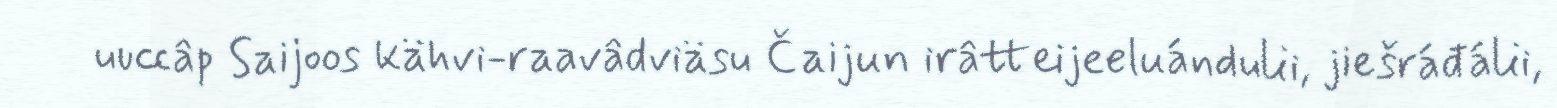
uuccâp Saijoos kähvi-raavâdviäsu Čaijun irâtteijeeluándulii, jiešráđálii,